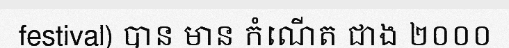
festival) បាន មាន កំណើត ជាង ២០០០